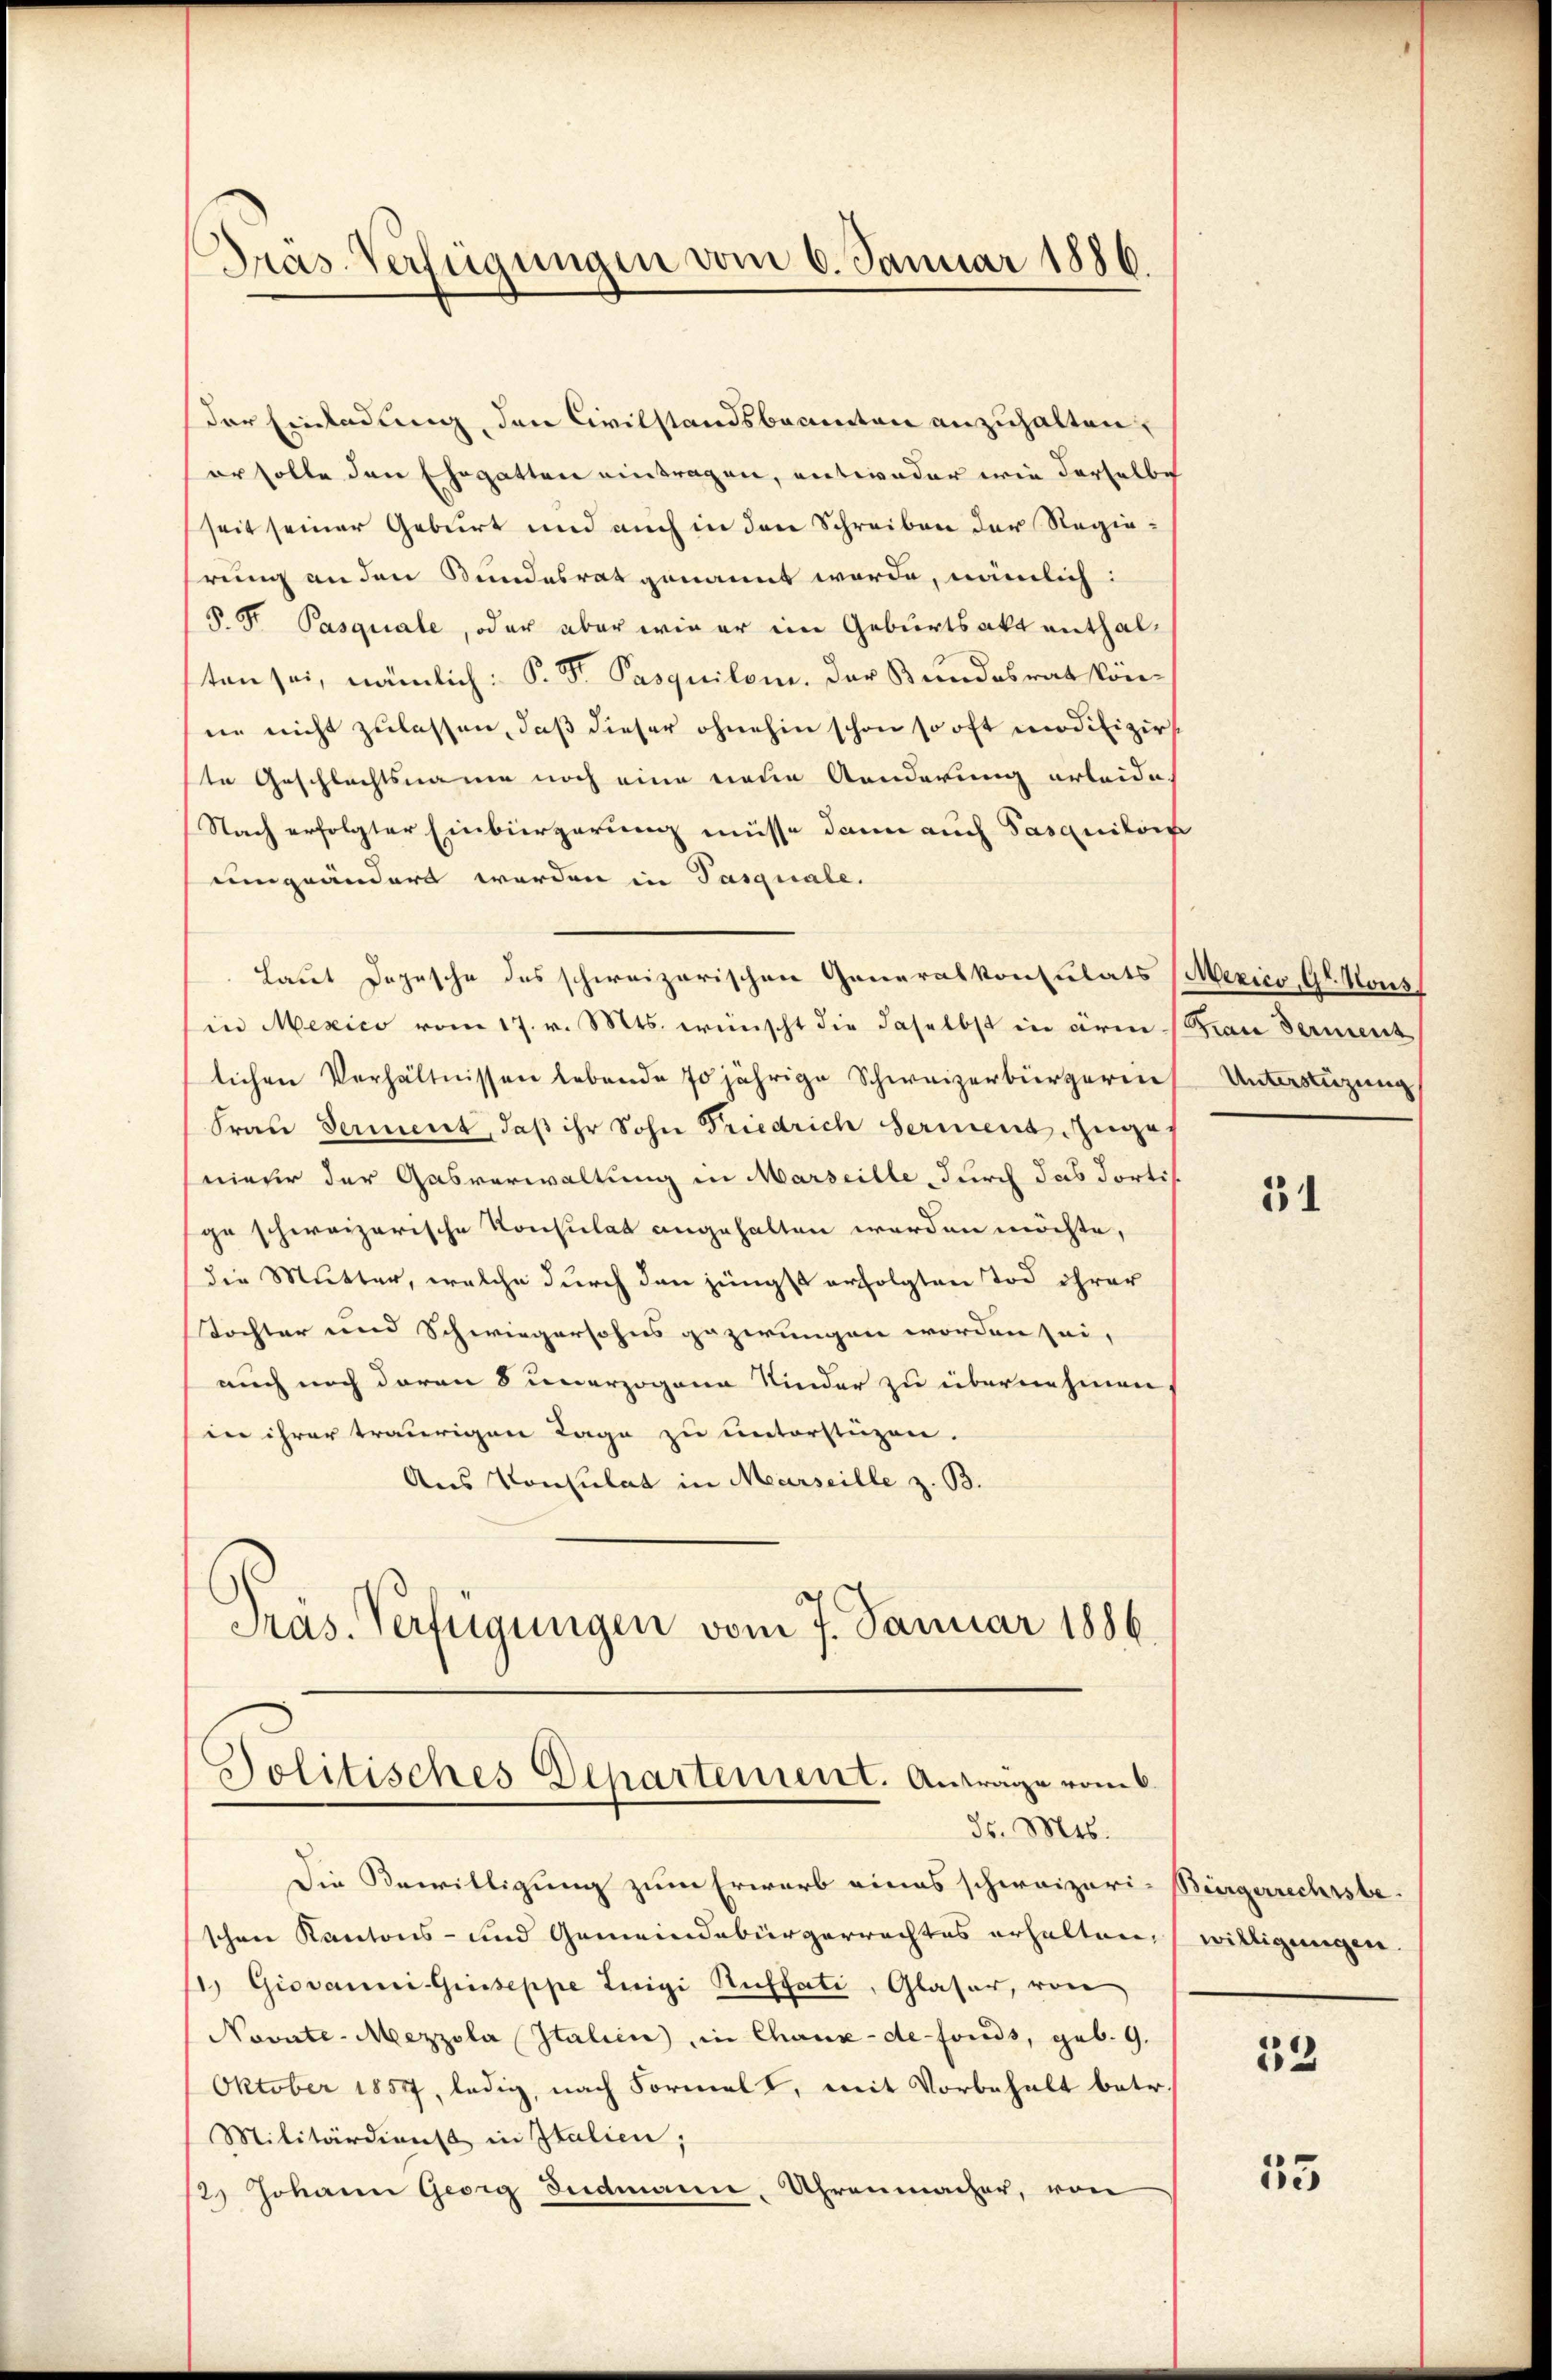
Pras. Verfügungen vom 6. Januar 1886.

der Einladung, den Civilstandsbannten anzuhalten,
er solle den Ehegatten eintragen, entweder wie derselbe
seit seiner Geburt und auch in den Schreiben der Regierung an den Bundesrat genannt werde, nämlich:
P. P. Pasquale, oder aber wie er im Geburtsakt enthalten sei, nämlich: P. F. Pasquilem. Der Bundesrat könne nicht zulassen, daß dieser ohnehin schon so oft modifizir
te Geschlechtsname noch eine neue Aenderung erleide.
Nach erfolgter Einbürgerung müsse dann auch Pasquiloif
eingeändert werden in Pasquale.
Laut Depesche des schweizerischen Generalkonsulats (Mexico Gl. Hous
in Mexico vom 17. v. Mts. wünscht die daselbst in ärm
lichen Verhältnissen lebende 70jährige Schweizerbürgerin
Frau Ferient, daß ihr Sohn Friedrich serment zuges
nieur der Gasverwaltung in Marseille durch das dortis
ge schweizerische Konsulat angehalten werden möchte,
die Mutter, welche durch den jüngst erfolgten Tod ihrer
Tochter und Schwiegersohns gezirungen worden sei,
auch noch daran 8 unerzogene Kinder zu übernehmen,
in ihrer traurigen Tage zu unterstüzen.
Aus Konsulat in Marseille z. B.
Präs. Verfügungen vom 7. Januar 1886

Jolitisches Departement. Antrage vom 6.
dr. Mts.

Die Bewilligung zum Erwarb eines schweizeri-Bürgerrechtsbeschen Kantons- und Gemeindebürgerrechtes erhalten,
/. Giovanni-Giuseppe Luigi Kufsati, Glaser, von
Novnte-Mezzola Italien, in Chaux-de-Fonds, geb. 9.
Oktober 1857, ledig, nach Formel I, mit Vorbehalt betr.
Militärdienst in Italien;
2 Johann Georg Sudmann. Uhrenmacher, von

Gran derment
Unterstüzung

51

willigungen.

33

53